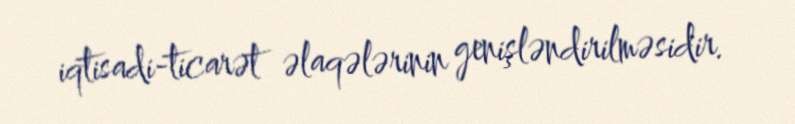
iqtisadi-ticarət əlaqələrinin genişləndirilməsidir.